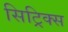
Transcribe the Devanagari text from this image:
सिट्रिक्स